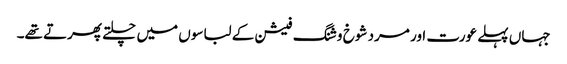
جہاں پہلے عورت اور مرد شوخ و شنگ فیشن کے لباسوں میں چلتے پھرتے تھے۔